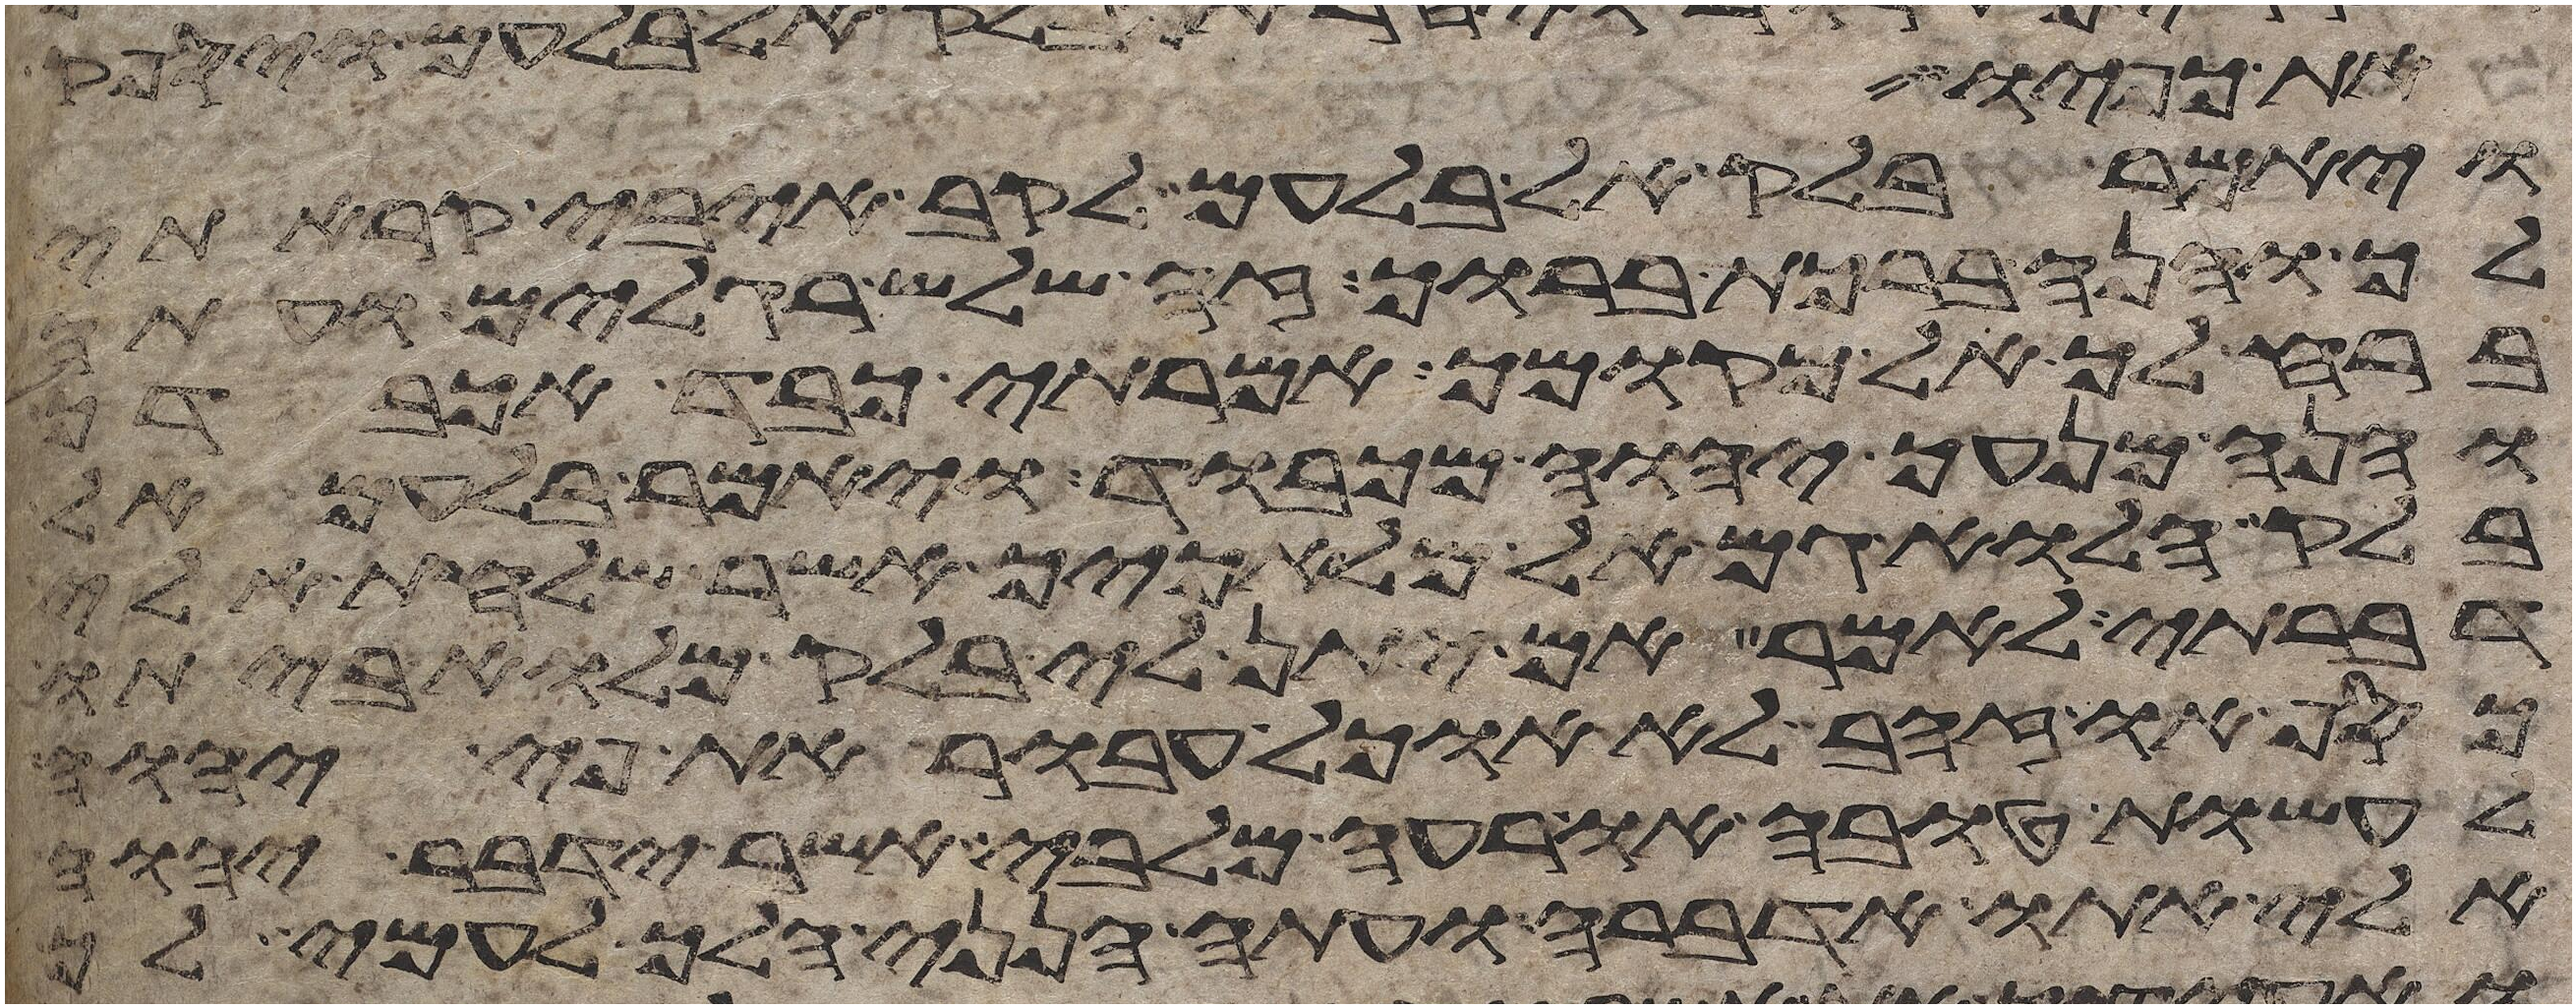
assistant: את כפיו
ויאמר בלק אל בלעם לקב איבי קראתי
לך והנה ברכת ברוך זה שלש רגלים ועתה
ברח לך אל מקומך אמרתי כבד אכבדך
והנה מנעך יהוה מכבוד ויאמר בלעם אל
בלק הלוא גם אל מלאכיך אשר שלחת אלי
דברתי לאמר אם יתן לי בלק מלוא ביתו
כסף או זהב לא אוכל אעבר את פי יהוה
לעשות טובה או רעה מלבי אשר ידבר יהוה
אלי אתו אדברה ועתה הנני הלך לעמי לך